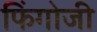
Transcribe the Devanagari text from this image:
फिंगोजी